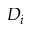
D _ { i }